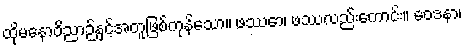
ထိုမနောဝိညာဉ်နှင့်အတူဖြစ်ကုန်သော။ ဖဿော၊ ဖဿလည်းကောင်း။ ဝေဒနာ၊